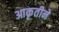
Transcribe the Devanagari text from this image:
आकृतीने